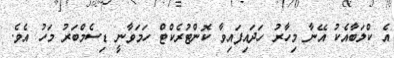
އެ ކްލަބާއެކު އޭނާ މިހާރު ހަދައިފައިވާ ކޮންޓުރެކްޓް ހަމަވާނީ ޑިސެމްބަރު މަހު އެވެ.